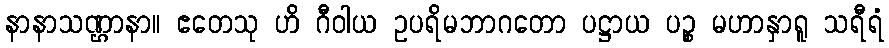
နာနာသဏ္ဌာနာ။ ဧတေသု ဟိ ဂီဝါယ ဥပရိမဘာဂတော ပဋ္ဌာယ ပဉ္စ မဟာနှာရူ သရီရံ